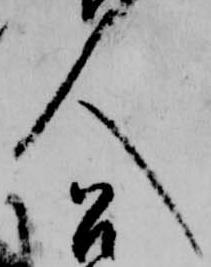
人